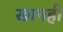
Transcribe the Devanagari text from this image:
खानही